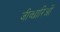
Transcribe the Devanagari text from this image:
जीव्धारिओं